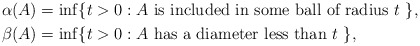
\begin{align*}\alpha(A) &= \inf \{ t > 0 : A \mbox{ is included in some ball of radius $t$ } \}, \\\beta(A) &= \inf \{ t > 0 : A \mbox{ has a diameter less than $t$ } \},\end{align*}